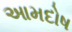
આમદોષ